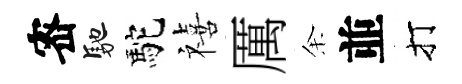
宻馳駝禧厲余並打